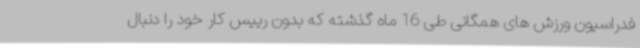
فدراسیون ورزش های همگانی طی 16 ماه گذشته که بدون رییس کار خود را دنبال